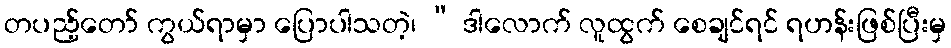
တပည့်တော် ကွယ်ရာမှာ ပြောပါသတဲ့၊ “ ဒါလောက် လူထွက် စေချင်ရင် ရဟန်းဖြစ်ပြီးမှ